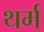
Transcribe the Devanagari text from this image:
थर्म